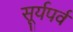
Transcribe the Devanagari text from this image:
सूर्यपर्व